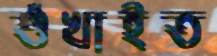
শুঁখাইত